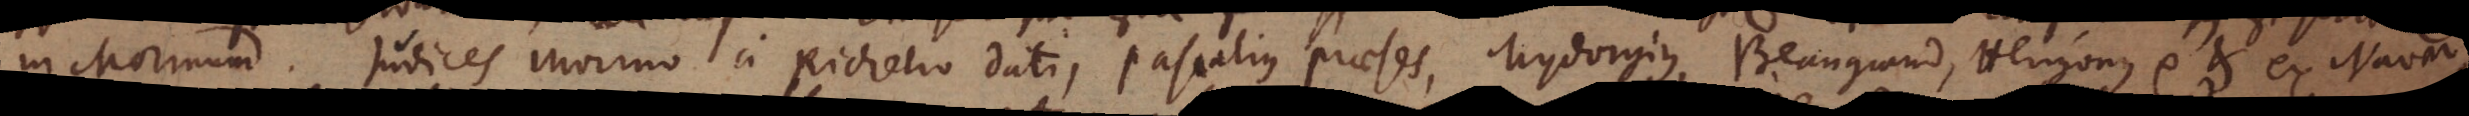
in Morinum. Judices Morino a Richelio dati, Pascalius praeses, Mydorgius, Beaugrand, Herigonus etc. et ex Nauar